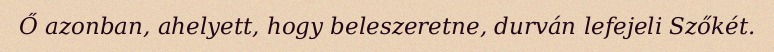
Ő azonban, ahelyett, hogy beleszeretne, durván lefejeli Szőkét.